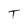
Character: T